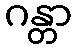
ဂန္တာ